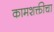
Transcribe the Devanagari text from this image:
कामशक्तीचा